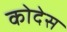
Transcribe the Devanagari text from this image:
कोदेस